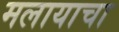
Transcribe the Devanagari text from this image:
मलायाचा